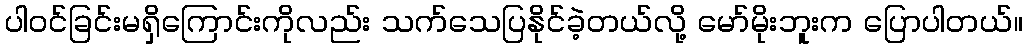
ပါဝင်ခြင်းမရှိကြောင်းကိုလည်း သက်သေပြနိုင်ခဲ့တယ်လို့ မော်မိုးဘူးက ပြောပါတယ်။